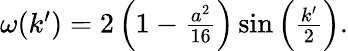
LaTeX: \begin{array}{r}{\omega(k^{\prime})=2\left(1-\frac{a^{2}}{16}\right)\sin\left(\frac{k^{\prime}}{2}\right).}\end{array}